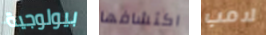
بيولوجية اكتشافها لامب